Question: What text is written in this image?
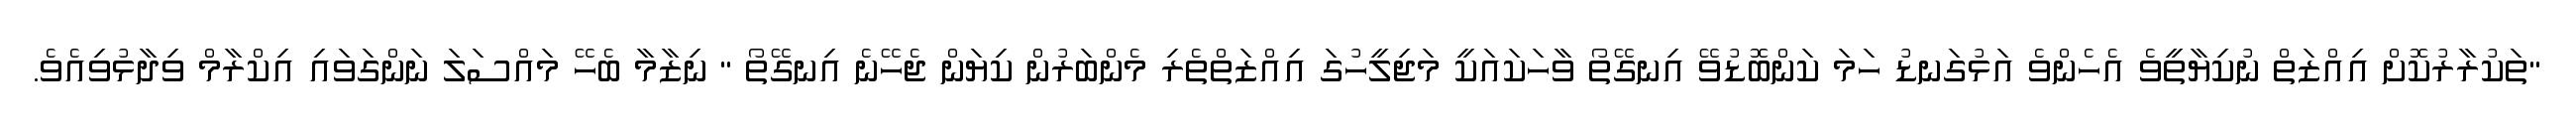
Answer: "ތަކުރާރުކޮށް އިއްޒަތް ނުކިޔާތީވެ އެހެންވެ އަޅުގަނޑު ހަމަ ކަންބޮޑުވޭ އިނގޭތޯ ވާހަކައަކީ މަޖިލީހުގަ އިއްޒަތްތެރި މެންބަރުން ކިޔަން ޖެހޭނެ އިނގޭތޯ " ނިޒާމާ ބެހޭ މައްސަލަ ނަންގަވައި އިކްރާމް ވިދާޅުވިއެވެ.